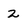
Character: 2